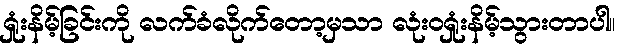
ရှုံးနိမ့်ခြင်းကို လက်ခံလိုက်တော့မှသာ လုံးဝရှုံးနိမ့်သွားတာပါ။